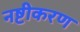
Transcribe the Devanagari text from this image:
नष्टीकरण